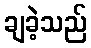
ချခဲ့သည်